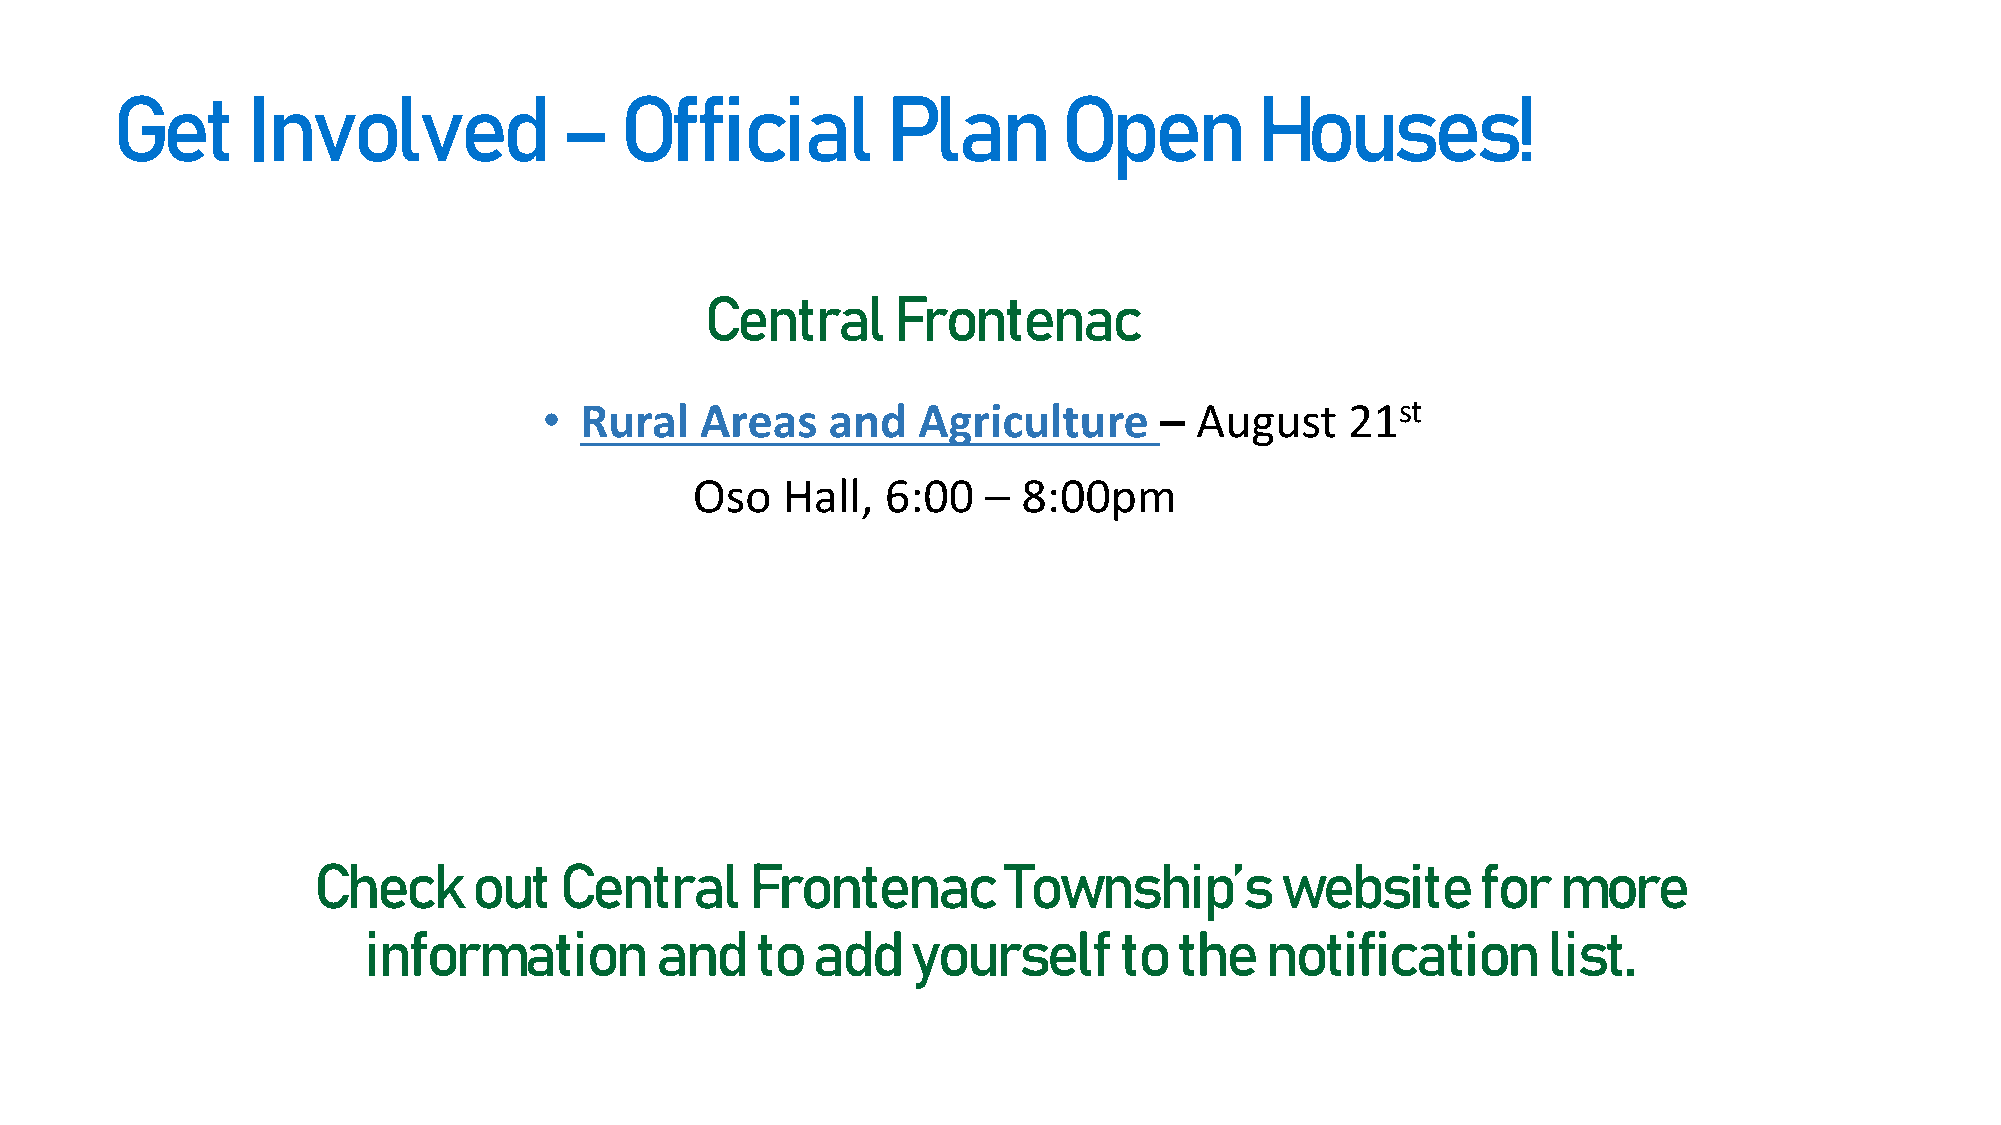
Get      Involved             –   Official          Plan       Open         Houses!
 Central     Frontenac
 • Rural   Areas    and   Agriculture     – August    21st
 Oso   Hall,  6:00  –  8:00pm
 Check     out   Central      Frontenac       Township’s         website      for  more
 information        and    to  add   yourself      to  the   notification      list.